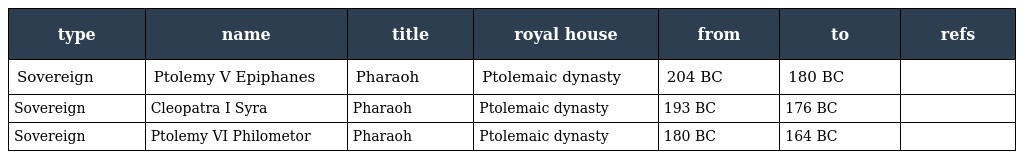
| type | name | title | royal house | from | to | refs |
 | --- | --- | --- | --- | --- | --- | --- |
 | Sovereign | Ptolemy V Epiphanes | Pharaoh | Ptolemaic dynasty | 204 BC | 180 BC |  |
 | Sovereign | Cleopatra I Syra | Pharaoh | Ptolemaic dynasty | 193 BC | 176 BC |  |
 | Sovereign | Ptolemy VI Philometor | Pharaoh | Ptolemaic dynasty | 180 BC | 164 BC |  |